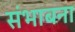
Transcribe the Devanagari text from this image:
संभाबना